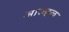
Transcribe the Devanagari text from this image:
आरुहळ